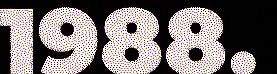
1988.